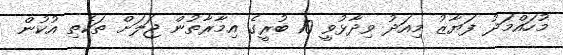
މުހައްމަދު ފަޔާޒު މިއަދު ވިދާޅުވީ 10 ބުރީގެ އިމާރާތުން ޖަލަށް ތަކެތި އުކުން